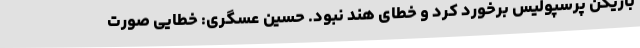
بازیکن پرسپولیس برخورد کرد و خطای هند نبود. حسین عسگری: خطایی صورت